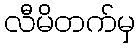
လီမိတက်မှ